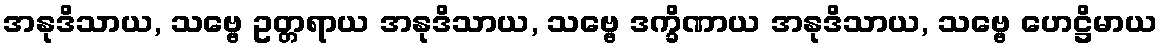
အနုဒိသာယ, သဗ္ဗေ ဥတ္တရာယ အနုဒိသာယ, သဗ္ဗေ ဒက္ခိဏာယ အနုဒိသာယ, သဗ္ဗေ ဟေဋ္ဌိမာယ